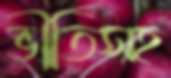
ভীতিসহ